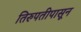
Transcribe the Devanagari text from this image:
तिरुपतीपासून